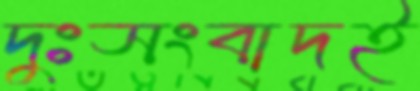
দুঃসংবাদই